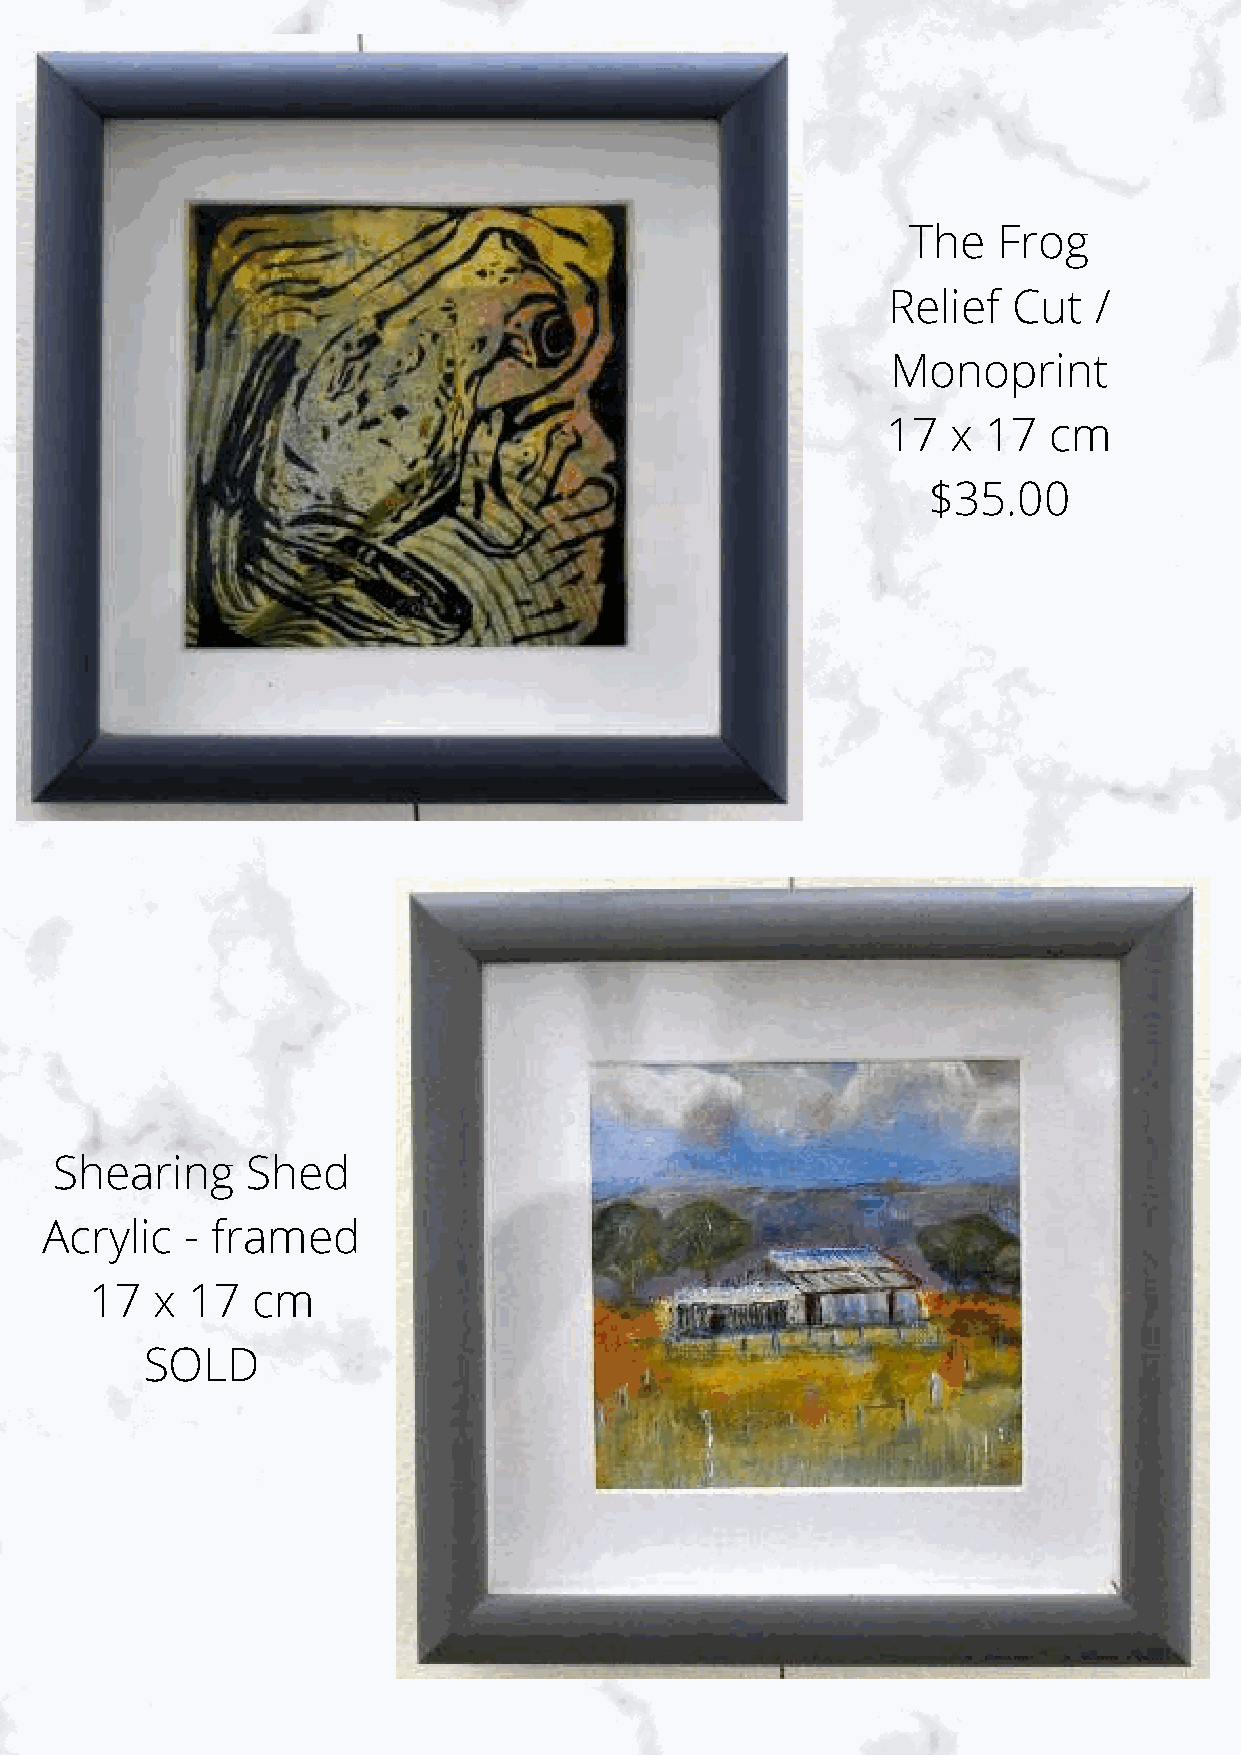
The   Frog
 Relief  Cut  /
 Monoprint
 17  x 17  cm
 $35.00
 Shearing    Shed
 Acrylic  - framed
 17  x 17   cm
 SOLD